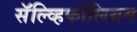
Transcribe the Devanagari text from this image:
सॅल्व्हिफोलियम